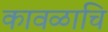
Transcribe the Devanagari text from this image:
कावळाचि